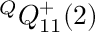
{ } ^ { Q } Q _ { 1 1 } ^ { + } ( 2 )